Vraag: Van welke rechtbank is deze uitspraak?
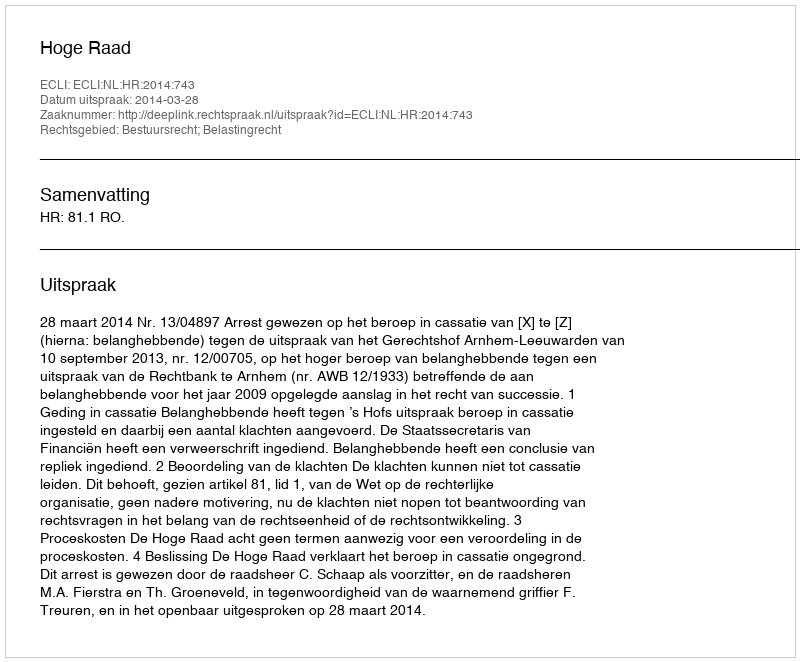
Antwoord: Hoge Raad